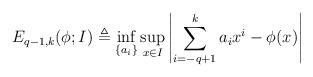
LaTeX: \begin{align*}E_{q-1,k}(\phi;I) \triangleq \inf_{\{a_i\}} \sup_{x\in I} \left| \sum_{i=-q+1}^k a_i x^i-\phi(x)\right|\end{align*}